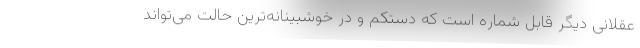
عقلانی دیگر قابل شماره است که دستکم و در خوشبینانه‌ترین حالت می‌تواند